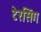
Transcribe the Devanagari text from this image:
टेरसिंग